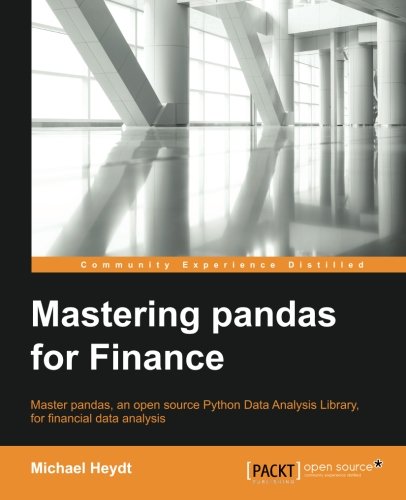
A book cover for Mastering Pandas for Finance; Michael Heydt; Computers & Technology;